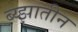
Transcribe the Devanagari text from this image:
ब्य्झातीन